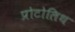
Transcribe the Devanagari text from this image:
प्रोटोलिथ